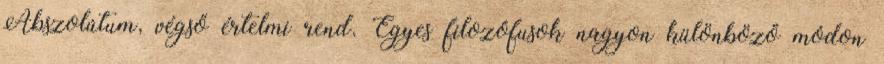
Abszolútum, végső értelmi rend. Egyes filozófusok nagyon különböző módon